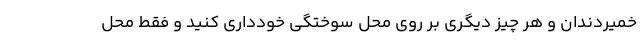
خمیردندان و هر چیز دیگری بر روی محل سوختگی خودداری کنید و فقط محل